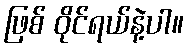
ဖြစ် ဝိုင်ရယ်နဲ့ပါ။